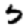
Digit: 5